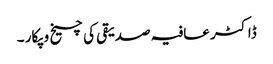
ڈاکٹر عافیہ صدیقی کی چیخ و پکار ۔